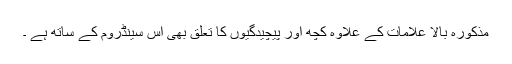
مذکورہ بالا علامات کے علاوہ کچھ اور پیچیدگیوں کا تعلق بھی اس سینڈروم کے ساتھ ہے ۔